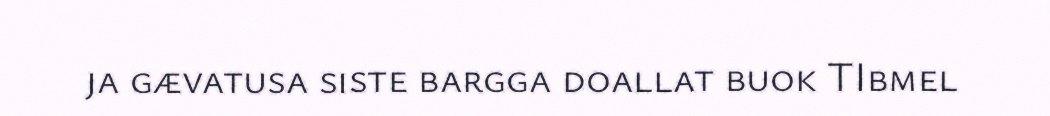
ja gævatusa siste bargga doallat buok TIbmel